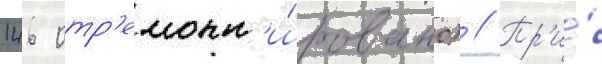
146 отр'емонт'и́ровано) // Пр'и́